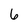
Character: 6